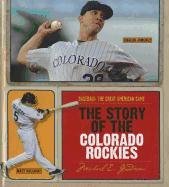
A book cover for The Story of the Colorado Rockies (Baseball: the Great American Game); Michael E. Goodman; Teen & Young Adult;